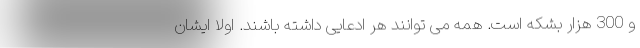
و 300 هزار بشکه است. همه می توانند هر ادعایی داشته باشند. اولا ایشان